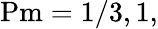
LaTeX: \mathrm{Pm}=1/3,1,